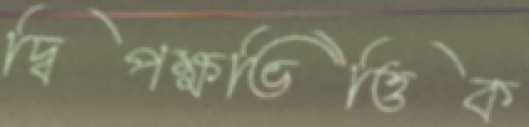
দ্বিপক্ষভিত্তিক